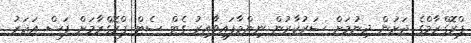
ޕްރޮގްރާމްގެ ދަށުން ދިނުމަށް ސަރުކާރުން ނިންމާފައިވާއިރު ގެޓް ސެޓް ޕްރޮގްރާމަށް ފަސް އަހަރު